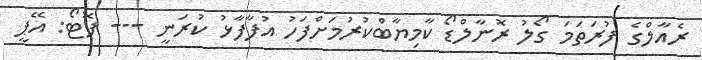
ރެއާލްގެ ފުރަތަމަ ގޯލު ރޮނާލްޑޯ ކާމިޔާބްކުރުމަށްފަހު އުފާފާޅު ކުރަނީ --- ފޮޓޯ: އޭޕީ